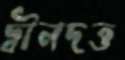
দ্বীনদত্ত